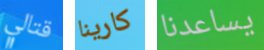
قتالي كارينا يساعدنا